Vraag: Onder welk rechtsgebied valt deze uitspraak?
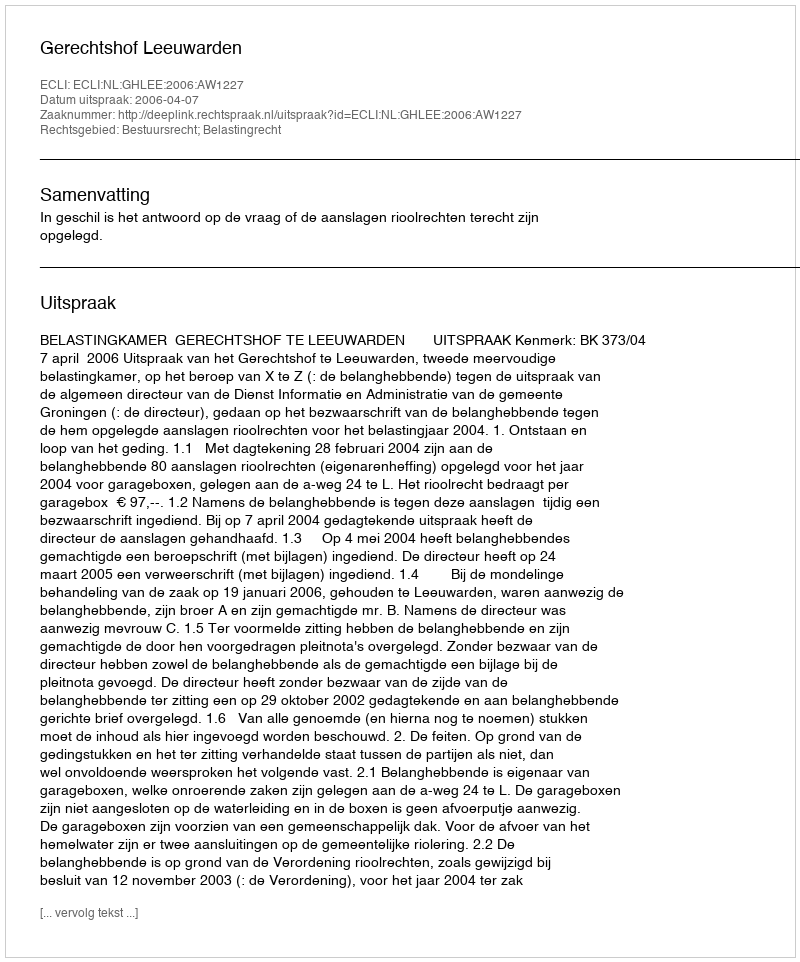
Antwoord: Bestuursrecht; Belastingrecht